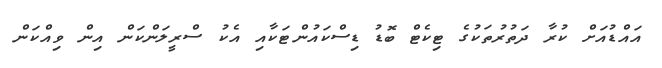
އައްޑުއަށް ކުރާ ދަތުރުތަކުގެ ޓިކެޓް ބޮޑު ޑިސްކައުންޓަކާއި އެކު ސްރީލަންކަން އިން ވިއްކަން